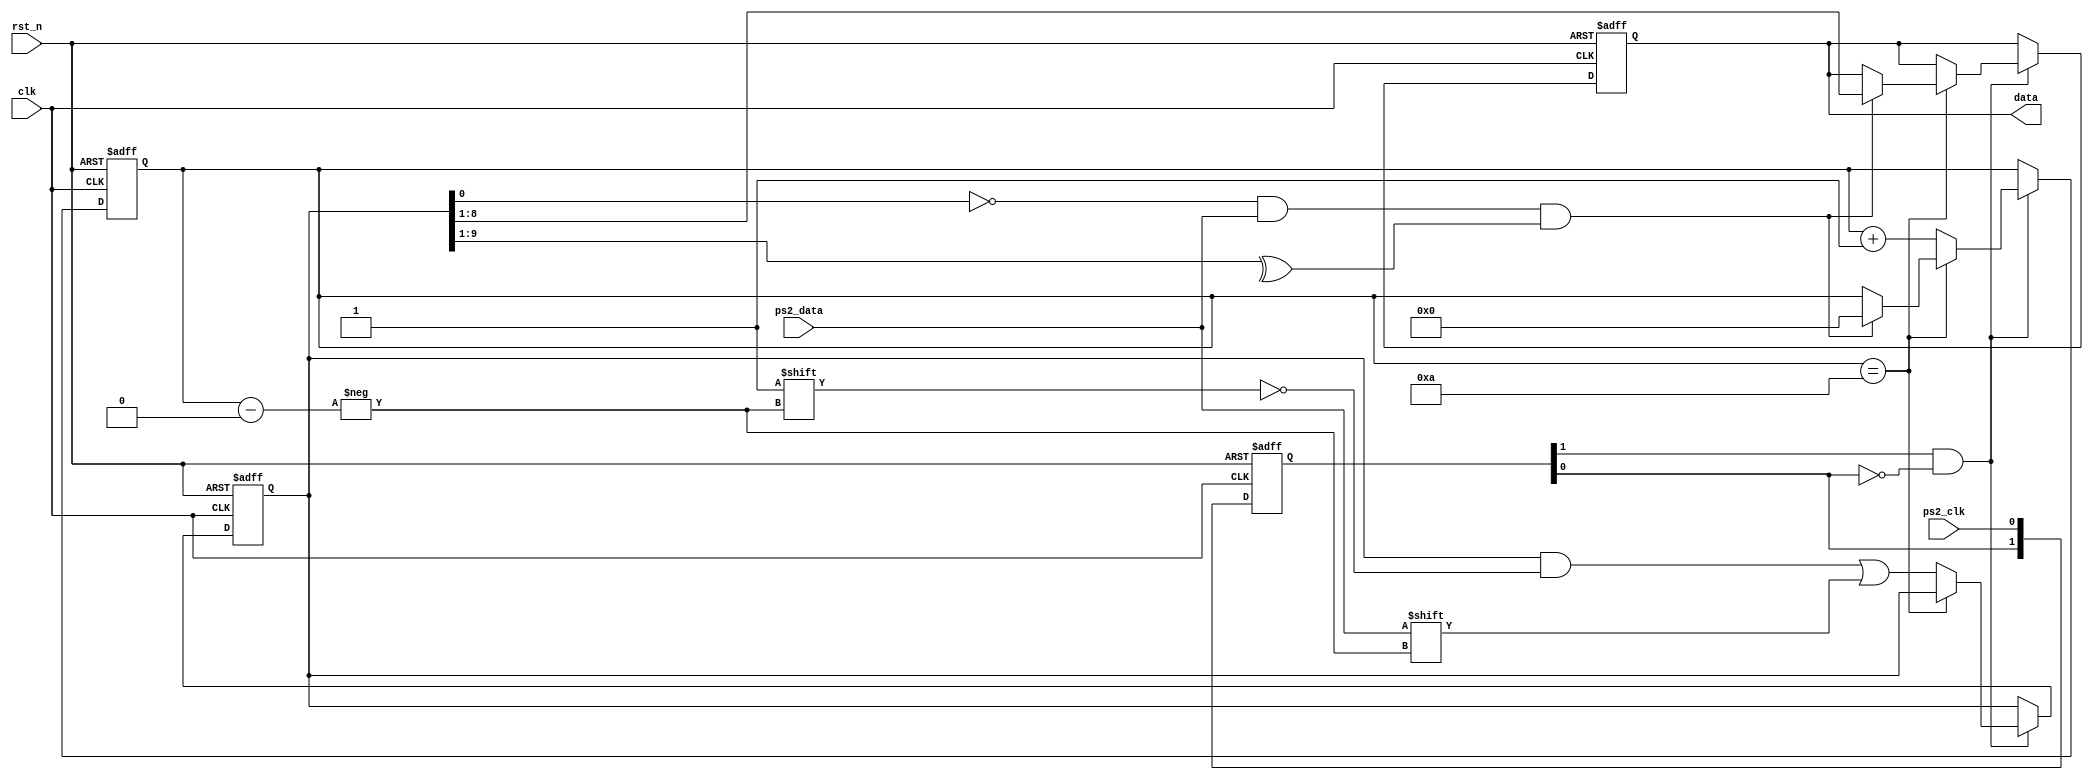
`timescale 1ns / 1ps

module ps2_ctrl (
    input            clk,
    input            rst_n,
    input            ps2_clk,
    input            ps2_data,
    output reg [7:0] data
);

  reg [1:0] edge_det;
  reg [9:0] rd_buf;
  reg [3:0] cnt_rd;
  wire h2l_edge;

  always @(posedge clk or negedge rst_n) begin
    if (!rst_n) edge_det <= 2'b11;
    else edge_det <= {edge_det[0], ps2_clk};
  end

  assign h2l_edge = edge_det[1] & (~edge_det[0]);

  always @(posedge clk or negedge rst_n) begin
    if (!rst_n) begin
      rd_buf <= 8'd0;
      cnt_rd <= 4'd0;
      data   <= 8'd0;
    end else begin
      if (h2l_edge) begin
        if (cnt_rd == 4'd10) begin
          if (rd_buf[0] == 0 && ps2_data && (^rd_buf[9:1])) begin
            data   <= rd_buf[8:1];
            cnt_rd <= 4'd0;
          end
        end else begin
          rd_buf[cnt_rd] <= ps2_data;
          cnt_rd <= cnt_rd + 1'd1;
        end
      end
    end
  end
endmodule